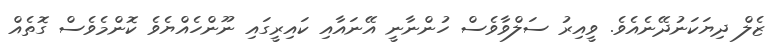
ޒެލް ދިޔަކަނުދޭނެއެވެ. ވީއިރު ސަލްވާވެސް ހުންނާނީ އޭނައާއި ކައިރީގައި ނޫންހެއްޔެވެ ކޮންމެވެސް ގޮތެއް